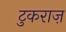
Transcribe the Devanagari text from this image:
टुकराज़